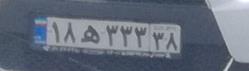
۱۸ه۳۳۳۳۸